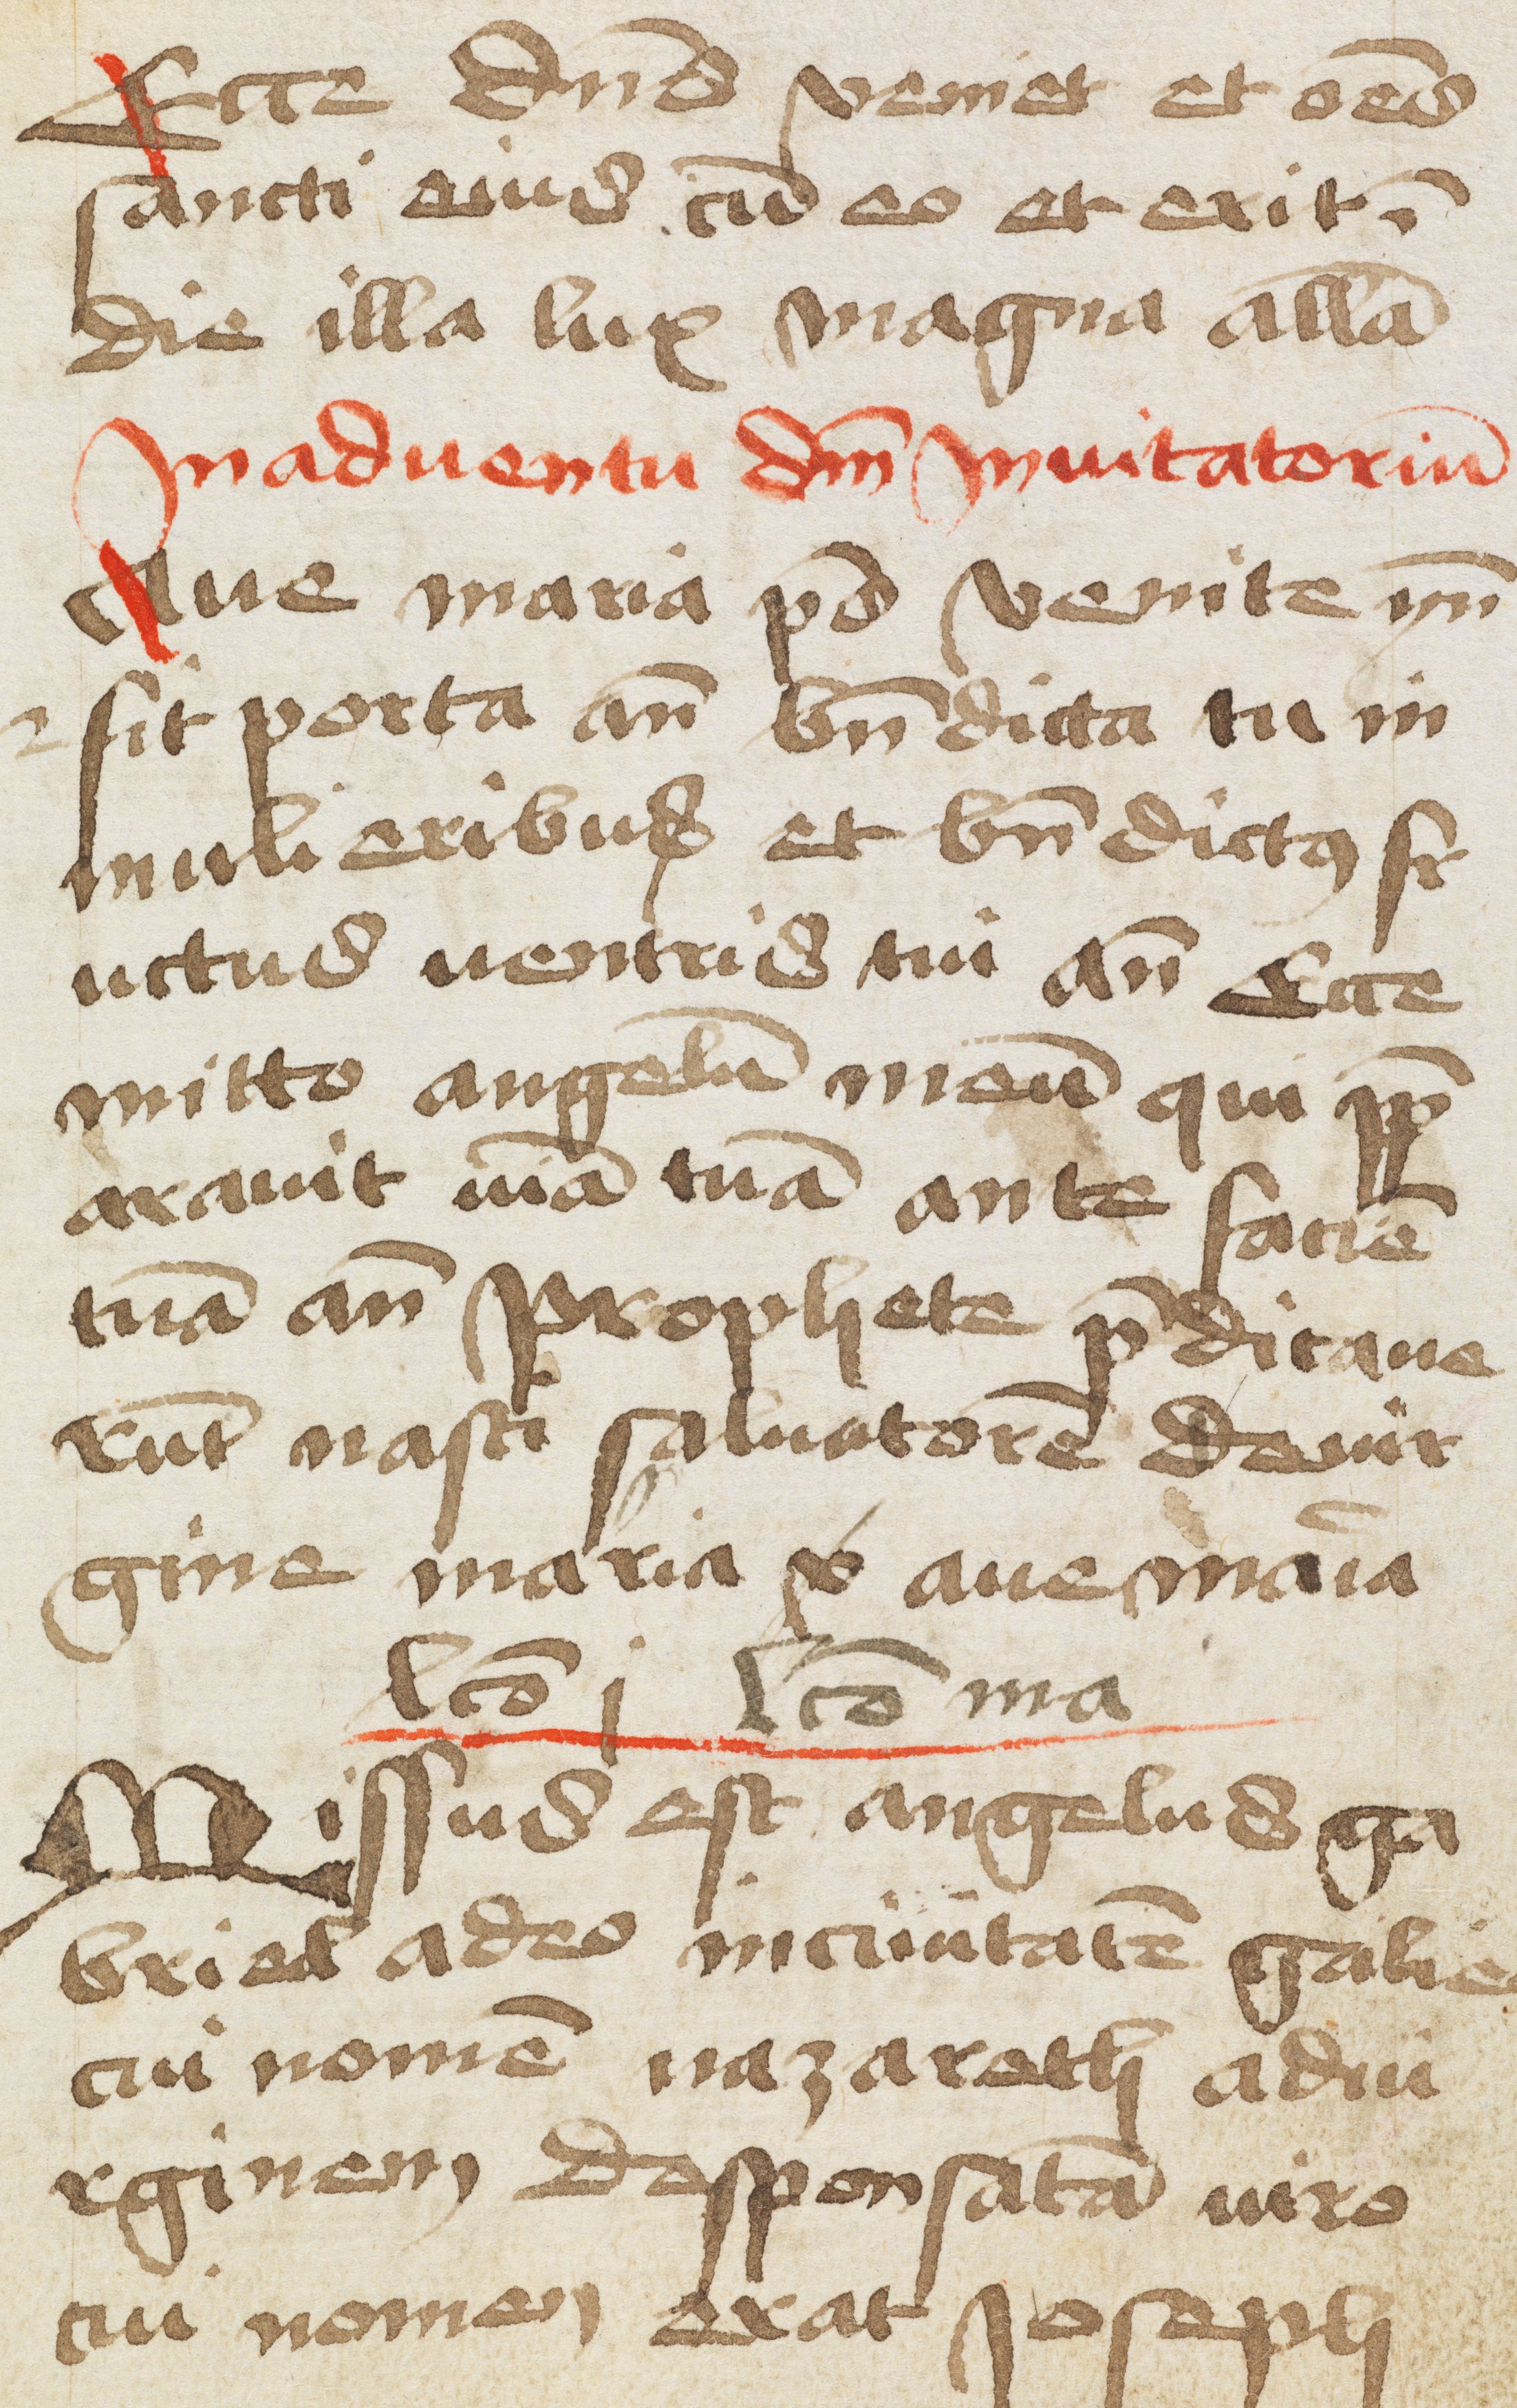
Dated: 1466–1466